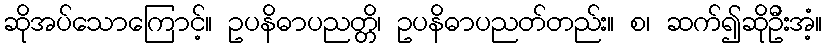
ဆိုအပ်သောကြောင့်။ ဥပနိဓာပညတ္တိ၊ ဥပနိဓာပညတ်တည်း။ စ၊ ဆက်၍ဆိုဦးအံ့။